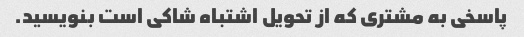
پاسخی به مشتری که از تحویل اشتباه شاکی است بنویسید.